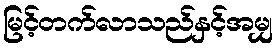
မြင့်တက်လာသည်နှင့်အမျှ